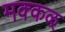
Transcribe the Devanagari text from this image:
मक्कळ्